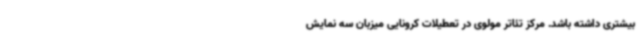
بیشتری داشته باشد. مرکز تئاتر مولوی در تعطیلات کرونایی میزبان سه نمایش